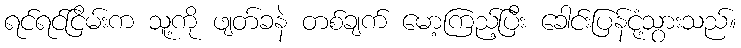
ရင်ရင်ငြိမ်းက သူ့ကို ဖျတ်ခနဲ တစ်ချက် မော့ကြည့်ပြီး ခေါင်းပြန်ငုံ့သွားသည်။